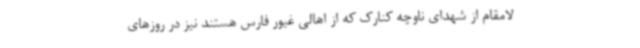
لامقام از شهدای ناوچه کنارک که از اهالی غیور فارس هستند نیز در روزهای